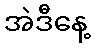
အဲဒီနေ့